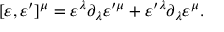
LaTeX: [ \varepsilon , \varepsilon ^ { \prime } ] ^ { \mu } = \varepsilon ^ { \lambda } \partial _ { \lambda } \varepsilon ^ { \prime \mu } + \varepsilon ^ { \prime \lambda } \partial _ { \lambda } \varepsilon ^ { \mu } .